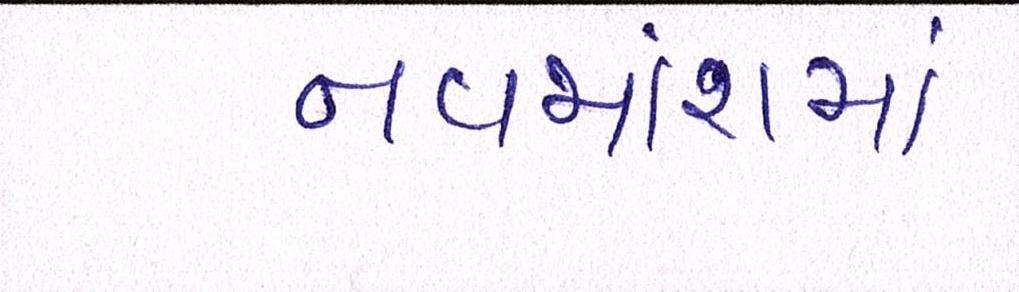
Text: નવમાંશમાં